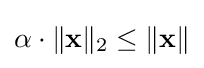
\alpha \cdot \|\mathbf {x} \|_{2}\leq \|\mathbf {x} \|